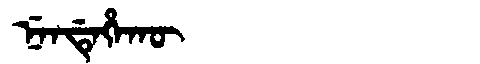
Manchu: ᠨᡝᠨᡩᡝᡥᠠᡴᡡ
Romanization: NENDEHAKŪ